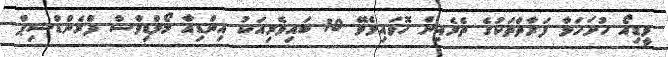
ވީޑިއޯ ހުށަހަޅާ ފަރާތްތަކުގެ ތެރެއިން ހޮވައިލެވޭ 10 ބައިވެރިއަކު އިންޑިއާ މޯލްޑިވްސް ފްރެންޑްޝިޕް